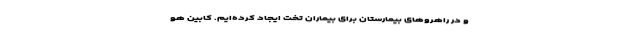
و در راهروهای بیمارستان برای بیماران تخت ایجاد کرده‌ایم. کابین هو